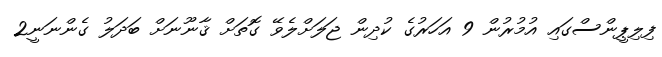
ފިލިޕީންސްގައި އުމުރުން 9 އަހަރުގެ ކުދިން ޖަލަށްލެވޭ ގޮތަށް ޤާނޫނަށް ބަދަލު ގެންނަނީ2